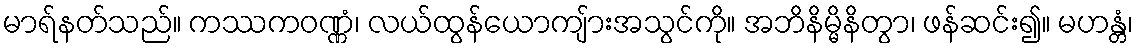
မာရ်နတ်သည်။ ကဿကဝဏ္ဏံ၊ လယ်ထွန်ယောကျ်ားအသွင်ကို။ အဘိနိမ္မိနိတွာ၊ ဖန်ဆင်း၍။ မဟန္တံ၊